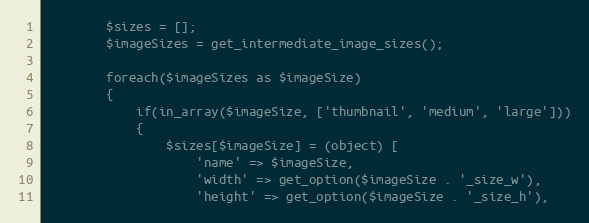
Language: PHP
        $sizes = [];
        $imageSizes = get_intermediate_image_sizes();

        foreach($imageSizes as $imageSize)
        {
            if(in_array($imageSize, ['thumbnail', 'medium', 'large']))
            {
                $sizes[$imageSize] = (object) [
                    'name' => $imageSize,
                    'width' => get_option($imageSize . '_size_w'),
                    'height' => get_option($imageSize . '_size_h'),